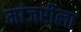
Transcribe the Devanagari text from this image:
मांजरीला